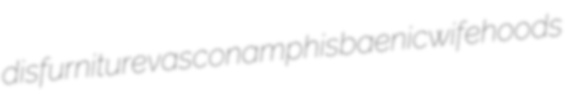
disfurniture vascon amphisbaenic wifehoods